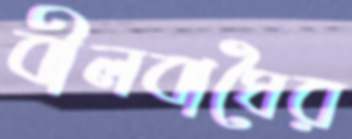
বীলবাঘৈর